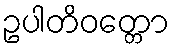
ဥပါတိဝတ္တော